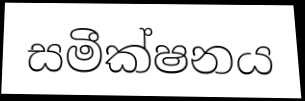
සමීක්ෂනය